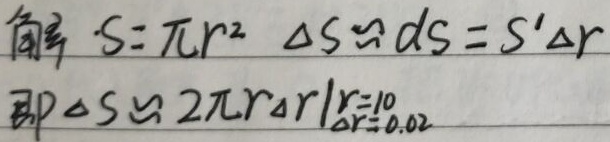
解：\(S = \pi r^{2}\)，\(\Delta S\approx dS = S'\Delta r\)，即\(\Delta S\approx 2\pi r\Delta r\big|_{\substack{r = 10\\\Delta r = 0.02}}\)